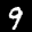
Label: 9